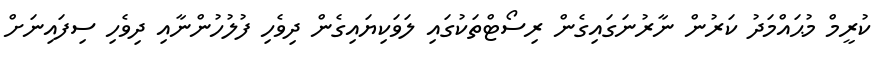
ކުރީމް މުޙައްމަދު ކަރުން ނާރުނަގައިގެން ރިސޯޓްތަކުގައި ލަވަކިޔައިގެން ދިވެހި ފުލުހުންނާއި ދިވެހި ސިފައިނަށް